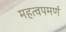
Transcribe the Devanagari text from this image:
महत्‍वपमर्ण